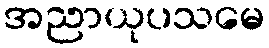
အညာယုပသမေ